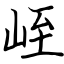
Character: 峌